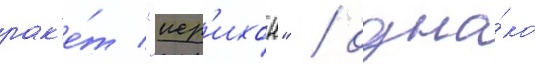
рак'е́т "иер'ихон" / одна́ко